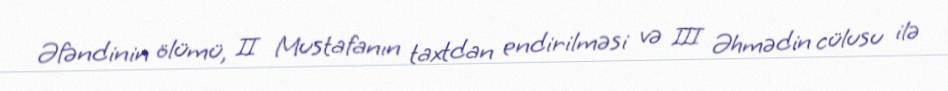
Əfəndinin ölümü, II Mustafanın taxtdan endirilməsi və III Əhmədin cülusu ilə